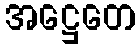
အဋ္ဌေတေ